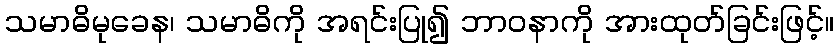
သမာဓိမုခေန၊ သမာဓိကို အရင်းပြု၍ ဘာဝနာကို အားထုတ်ခြင်းဖြင့်။